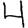
Digit: 4